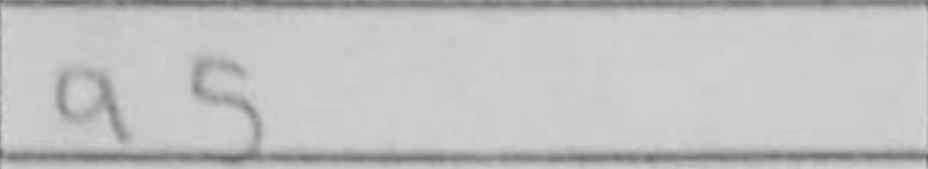
Transcription: a5